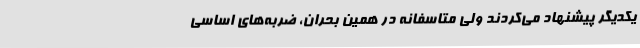
یکدیگر پیشنهاد می‌کردند ولی متاسفانه در همین بحران، ضربه‌های اساسی